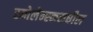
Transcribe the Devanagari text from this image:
स्मोलेन्स्कमधील